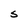
Character: S